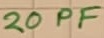
Text: 20PF